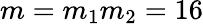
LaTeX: m=m_{1}m_{2}=16